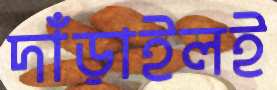
দাঁড়াইলই